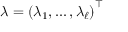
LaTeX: { \boldsymbol { \lambda } } = \left( \lambda _ { 1 } , \ldots , \lambda _ { \ell } \right) ^ { \top }